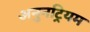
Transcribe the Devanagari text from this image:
अनुनट्रियम